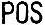
POS